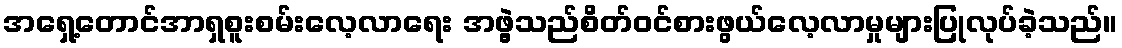
အရှေ့တောင်အာရှစူးစမ်းလေ့လာရေး အဖွဲ့သည်စိတ်ဝင်စားဖွယ်လေ့လာမှုများပြုလုပ်ခဲ့သည်။